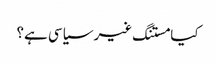
کیا مستنگ غیر سیاسی ہے؟